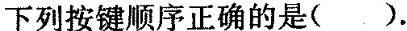
下列按键顺序正确的是()。